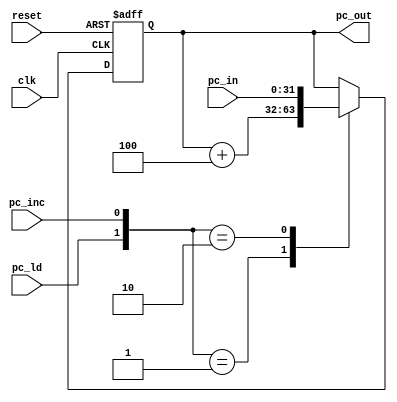
`timescale 1ns / 1ps
/****************************** C E C S  4 4 0 ******************************
 * 
 * Project:    Lab_Assignment_5
 * Designer:   Chanartip Soonthornwan, Jonathan Shihata
 * Rev. No.:   Version 1.0
 * Rev. Date:  Current Rev. Date 10/10/2017
 *
 * Purpose:    Program Counter(PC) register holds an address of Instruction
 *             Memory(CPU_IU). As pc_ld is high, the address is loaded
 *             with data input(pc_in), and the address is increased by 4
 *             (or move to the next memory location) as pc_inc is high.
 *             Otherwise, there is no changed.
 *         
 * Notes:      If both pc_ld and pc_inc are high, there is no changed.
 *
 ****************************************************************************/
module pc(clk, reset, pc_ld, pc_inc, pc_in, pc_out);

   input          clk, reset;             // on-board clock and reset
   input       pc_ld, pc_inc;             // Load and Increment signals
   input      [31:0]   pc_in;             // Address in
   output reg [31:0]  pc_out;             // Address out

   always @ (posedge clk, posedge reset)
      if(reset) pc_out <= 32'b0;          // reset
      else                                // Update pc_out on active edge clk
         case({pc_ld, pc_inc})               
            2'b01: pc_out <= pc_out + 4;  // increment
            2'b10: pc_out <= pc_in;       // load
            default: pc_out <= pc_out;    // default
         endcase

endmodule